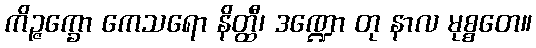
ကိဉ္ဇက္ခော ကေသရော နိတ္ထီ၊ ဒဏ္ဍော တု နာလ မုစ္စတေ။